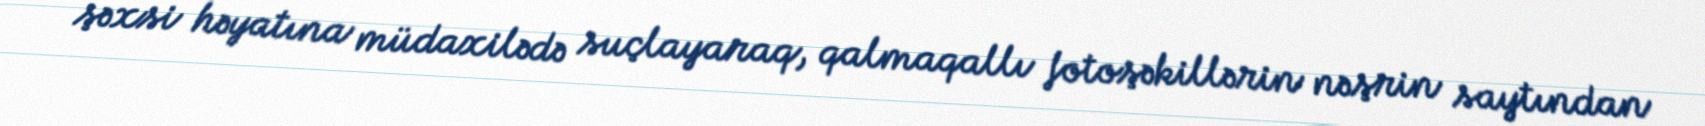
şəxsi həyatına müdaxilədə suçlayaraq, qalmaqallı fotoşəkillərin nəşrin saytından